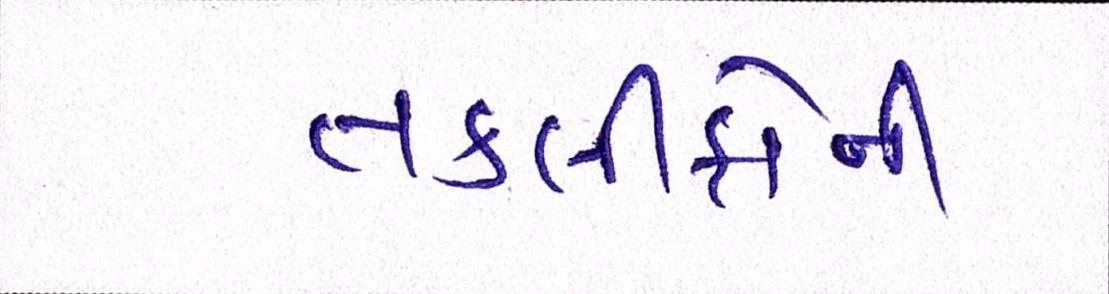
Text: તકલીફોની